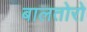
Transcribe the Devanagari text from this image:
बालतोरो